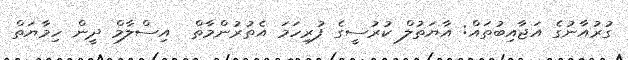
ގުރުއާނުގެ އަޖާއިބުތައް: އާޔަތުލް ކުރުސީގެ ފުރިހަމަ އެތުރުންމާތް  އިސްލާމް ދީން ހިމާޔަތް